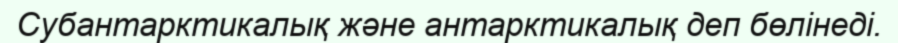
Субантарктикалық және антарктикалық деп бөлінеді.